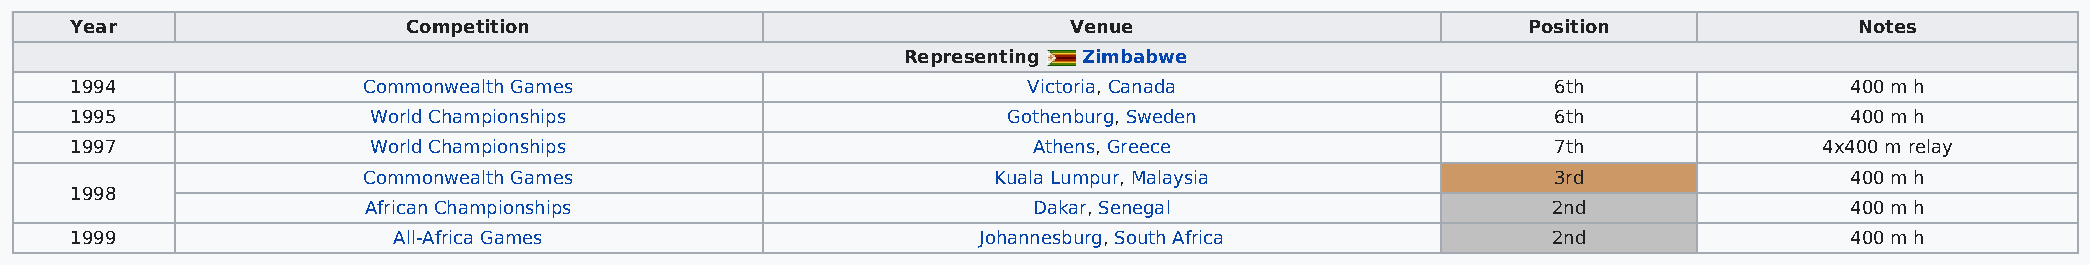
Year                  Competition                                 Venue                         Position              Notes
 Representing Zimbabwe
 1994               Commonwealth Games                          Victoria, Canada                   6th                400 m h
 1995               World Championships                        Gothenburg, Sweden                  6th                400 m h
 1997               World Championships                         Athens, Greece                     7th               4x400 m relay
 Commonwealth Games                        Kuala Lumpur, Malaysia               3rd                400 m h
 1998
 African Championships                       Dakar, Senegal                     2nd                400 m h
 1999                 All-Africa Games                       Johannesburg, South Africa            2nd                400 m h